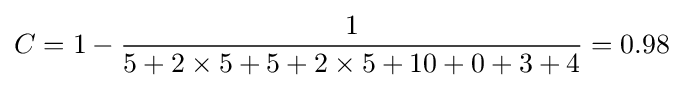
C=1-{\frac {1}{5+2\times 5+5+2\times 5+10+0+3+4}}=0.98